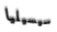
سيسيليا